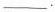
___$$.